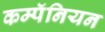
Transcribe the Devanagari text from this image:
कम्पॅनियन